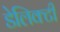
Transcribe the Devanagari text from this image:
डेलिक्टी